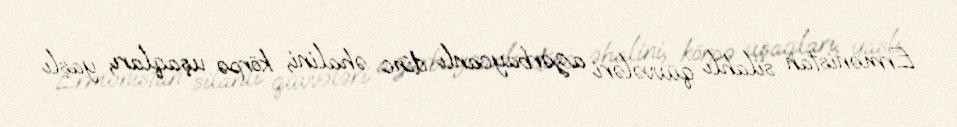
Ermənistan silahlı qüvvələri azərbaycanlı dinc əhalini, körpə uşaqları, yaşlı